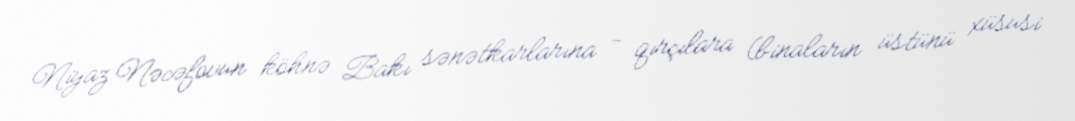
Niyaz Nəcəfovun köhnə Bakı sənətkarlarına - qırçılara (binaların üstünü xüsusi